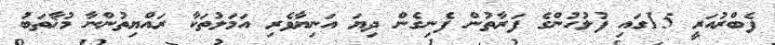
ފެބްރުއަރީ 15ގައި ފުލުހުންގެ ފަރާތުން ފެނިގެން ދިޔަ އަނިޔާވެރި އަމަލުތަކާ ރައްޔިތުންނާ މުޚާތަބު